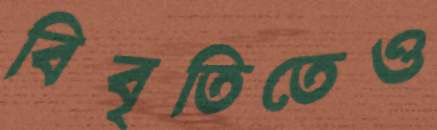
বিবৃতিতেও